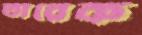
তারেক